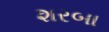
શરબા